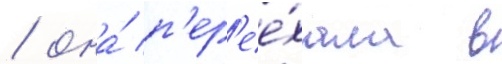
/ она́ п'ер'ее́хала в